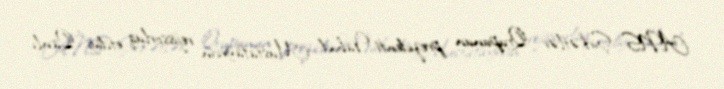
ANS Şirkətlər Qrupunun prezidenti Vahid Mustafayevin rejissorluq etdiyi “Qanlı